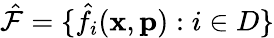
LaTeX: \hat{\mathcal{F}}=\{ \hat{f}_{i}(\mathbf{x},\mathbf{p}):i\in D\}